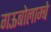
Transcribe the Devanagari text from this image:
गऊबोलाम्बे